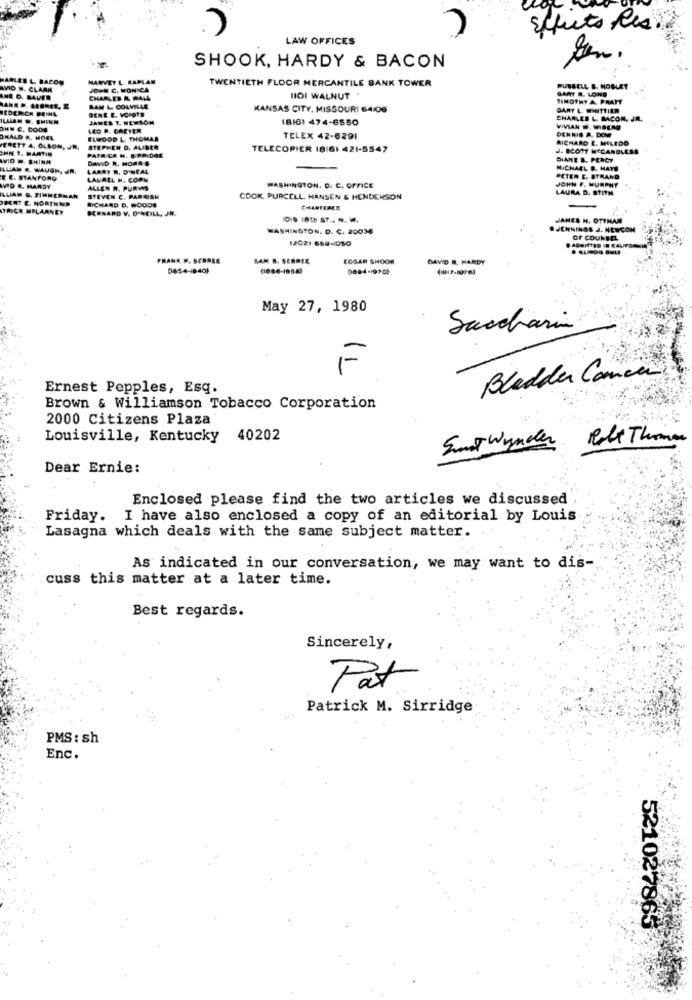
Effects les.
LAW OFFICES
SHOOK, HARDY & BACON
HARLES L. BACON
HARVEY L. KAPLAN
TWENTIETH FLOOR MERCANTILE BANK TOWER
AVID W. CLARK
JOHN C. MONICA
RUSSELL B. HOBLET
GAAT N. LONS
ANE O. BAUER
CHARLES R. WALL
HOI WALNUT .
TIMOTHY A. PRATT
ANE P. SEOREL, E
REDEMOR PEINE
GENE E. VOIgTS
BAN L COLVILLE
KANSAS CITY, MISSOURI 64:06
GARY L. WHITTIER
ILLIAM W. SHINN
JAMES 7. NEWSOM
(816) 474-6550
CHARLES L. BACON, JR.
OHN C. DOOS
LEO D. CRETER
VIVIAN W. WIBERG
OCH NIS A. DOW
OHALD ., MOEL
ELWOOD L. THOMAS
TELEX 42-6291
RICHARD E. MILEDO
ERETT A. OLSON, JR.
SHN T. MARTIN
STEPHEN D. ALIDER
TELECOPIER 1816) 421-5547
J. SCOTT MCCANDLESS
WID w. SHINN
PATA ÇA N. S RAIDAE
DAVID R. MORRE
DIANE &. PERCY
LUAN E. WAUOH, JR.
LARRY W. D'NEAL
MICHAEL D. HATE
E E. STANFORD
LAUREL H. COPN
PETER E. STRAND
JOHN F. MURPHY
VID &. HARDY
ALLER R. PURVS
WASHINGTON. D. C. OFFICE
LAURA D. STITH
LUAM G. TIMMERMAN
PRET C. NORTHER
STEVEN C. PARRISH
COOK PURCELL HANSEN & HENDERSON
TRICE MELARNEY
BERNARD V. D.NEILL, JR.
RICHARD D. WOODS
CHARTERED
JAMES M. OTTHAM
WASHINGTON, D. C. 20038
JENNINGS J. NEWCOM
12021 658-050
OF COUNSEL
FRANK P. SCRALE
SAM S. SERALE
COSAS SHOOK
DAVID R. HARDY
0854-1840)
0894-1990
May 27, 1980
Saccharin
F
Bladder Cancer
Ernest Pepples, Esq.
Brown & Williamson Tobacco Corporation
2000 Citizens Plaza
Louisville, Kentucky 40202
Role Thomas
Smat Wynder
Dear Ernie:
Enclosed please find the two articles we discussed
Friday. I have also enclosed a copy of an editorial by Louis
Lasagna which deals with the same subject matter.
As indicated in our conversation, we may want to dis-
cuss this matter at a later time.
Best regards.
Sincerely,
Pat
Patrick M. Sirridge
PMS : sh
Enc.
521027865